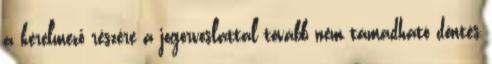
a kérelmező részére a jogorvoslattal tovább nem támadható döntés